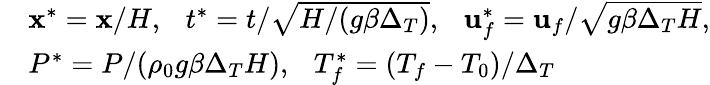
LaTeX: \begin{array}{rl}&{\mathbf{x}^{*}=\mathbf{x}/H,\ \ \ t^{*}=t/\sqrt{H/(g\beta\Delta_{T})},\ \ \ \mathbf{u}_{f}^{*}=\mathbf{u}_{f}/\sqrt{g\beta\Delta_{T}H},}\\ &{P^{*}=P/(\rho_{0}g\beta\Delta_{T}H),\ \ \ T_{f}^{*}=(T_{f}-T_{0})/\Delta_{T}}\end{array}